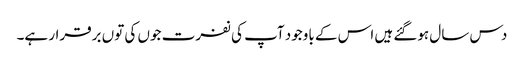
دس سال ہوگئے ہیں اس کے باوجود آپ کی نفرت جوں کی توں برقرار ہے۔